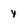
Character: 4